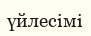
үйлесімі